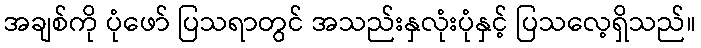
အချစ်ကို ပုံဖော် ပြသရာတွင် အသည်းနှလုံးပုံနှင့် ပြသလေ့ရှိသည်။